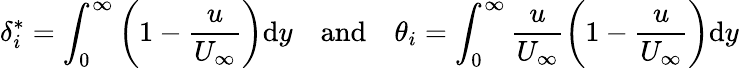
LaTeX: \delta_{i}^{*}=\int_{0}^{\infty}\left(1-\frac{u}{U_{\infty}}\right)\mathrm{d}y\quad\mathrm{and}\quad\theta_{i}=\int_{0}^{\infty}\frac{u}{U_{\infty}}\left(1-\frac{u}{U_{\infty}}\right)\mathrm{d}y